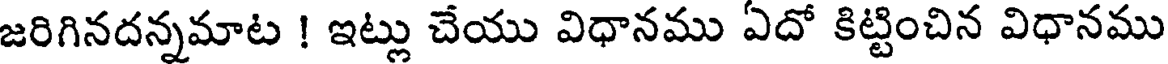
జరిగినదన్నమాట ! ఇట్లు చేయు విధానము ఏదో కిట్టించిన విధానము